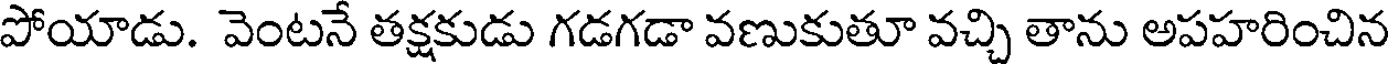
పోయాడు. వెంటనే తక్షకుడు గడగడా వణుకుతూ వచ్చి తాను అపహరించిన